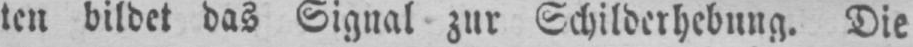
ten bildet das Signal zur Schilderhebung. Die